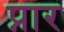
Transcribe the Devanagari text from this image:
प्नार